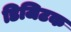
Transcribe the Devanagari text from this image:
डिजिटक